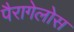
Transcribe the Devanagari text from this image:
पैरागेलोस